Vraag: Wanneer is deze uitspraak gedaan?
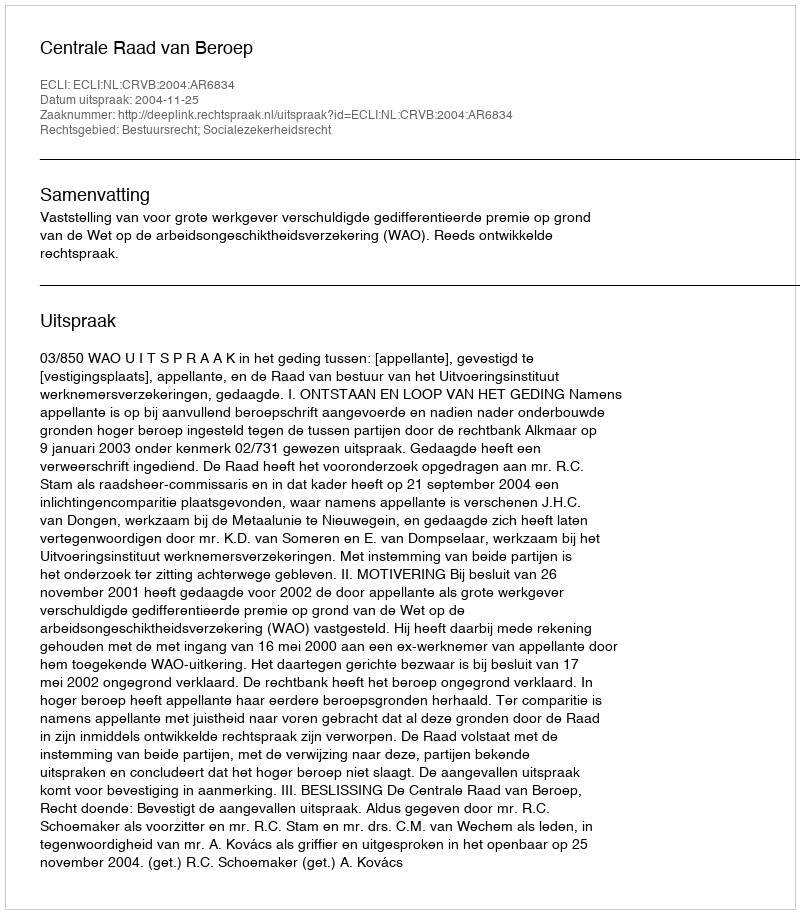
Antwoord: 2004-11-25